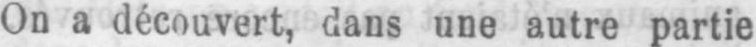
On a découvert, dans une autre partie